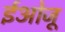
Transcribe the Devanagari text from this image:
ईओजू